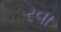
રવા